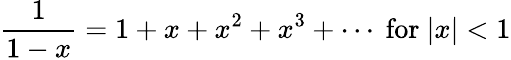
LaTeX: {\frac{1}{1-x}}=1+x+x^{2}+x^{3}+\cdots{\mathrm{~for~}}|x|<1